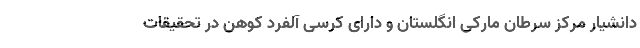
دانشیار مرکز سرطان مارکی انگلستان و دارای کرسی آلفرد کوهن در تحقیقات